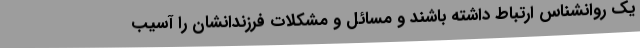
یک روانشناس ارتباط داشته باشند و مسائل و مشکلات فرزندانشان را آسیب